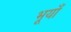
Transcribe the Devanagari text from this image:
भूयाँ